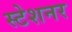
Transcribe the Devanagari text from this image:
स्टेशनर